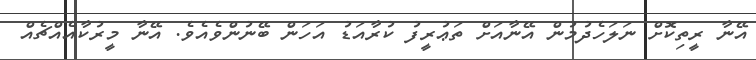
އޭނާ ރީތިކޮށް ނަލަހެދުމުން އޭނާއަށް ތަޢުރީފު ކުރާއަޑު އަހަން ބޭނުންވެއެވެ. އޭނާ މީރުކާއެއްޗެއް